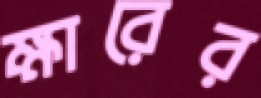
ক্ষারের